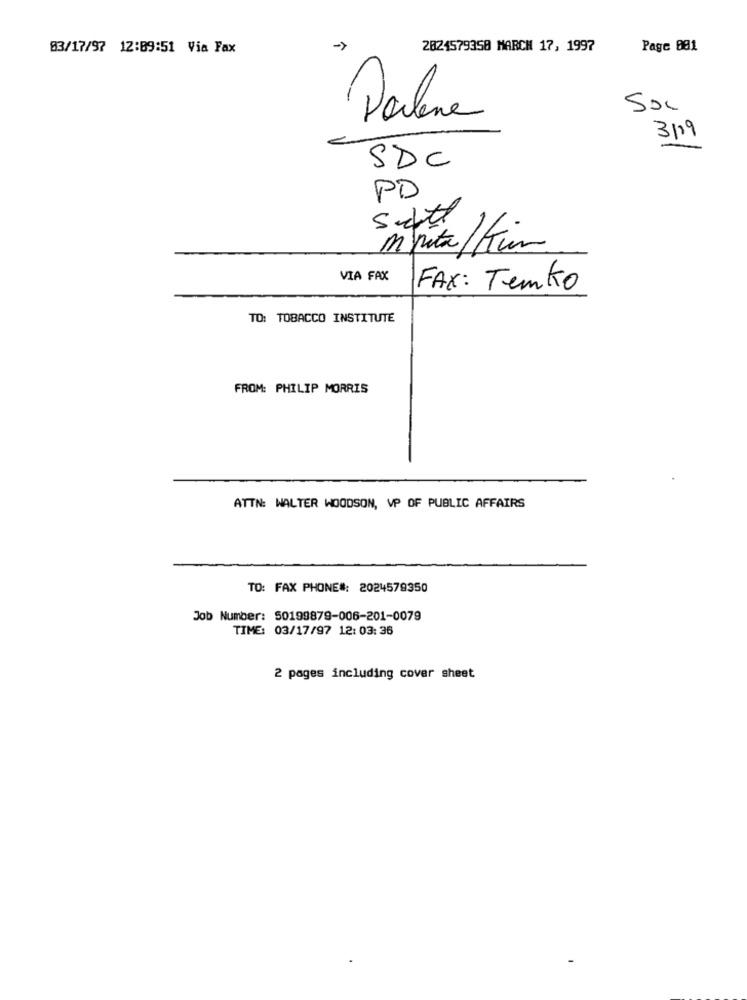
03/17/97 12:89:51 Via Fax
2824579358 MARCH 17, 1997
Page 081
SOL
Darlene
3/19
SDC
PD
Suchtt
m pita/ Kim
VIA FAX
FAX: Temko
TO: TOBACCO INSTITUTE
FROM: PHILIP MORRIS
ATTN: WALTER WOODSON, VP OF PUBLIC AFFAIRS
TO: FAX PHONE#: 2024579350
Job Number: 50199879-006-201-0079
TIME: 03/17/97 12: 03:36
2 pages including cover sheet